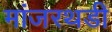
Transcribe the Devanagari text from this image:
मांजरथडी